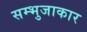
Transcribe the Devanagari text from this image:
सम्भुजाकार